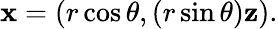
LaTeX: \mathbf{x}=(r\cos\theta,(r\sin\theta)\mathbf{z}).